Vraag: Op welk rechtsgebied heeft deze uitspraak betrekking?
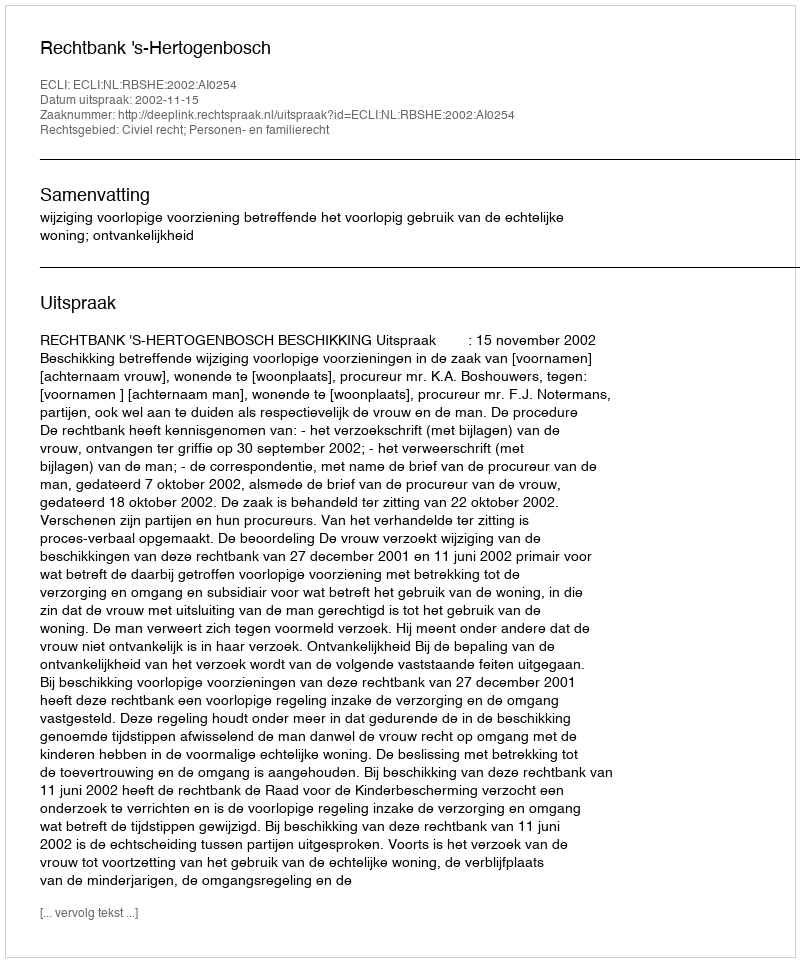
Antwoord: Civiel recht; Personen- en familierecht